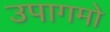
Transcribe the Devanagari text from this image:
उपागमो